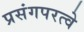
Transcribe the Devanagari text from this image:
प्रसंगपरत्वे